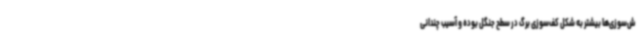
ش‌سوزی‌ها بیشتر به شکل کف‌سوزی برگ‌ در سطح جنگل بوده و آسیب چندانی